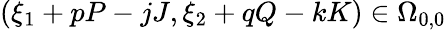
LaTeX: (\xi_{1}+pP-jJ,\xi_{2}+qQ-kK)\in\Omega_{0,0}